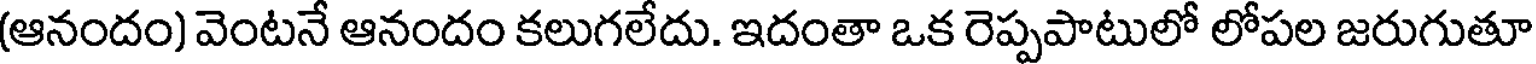
(ఆనందం) వెంటనే ఆనందం కలుగలేదు. ఇదంతా ఒక రెప్పపాటులో లోపల జరుగుతూ